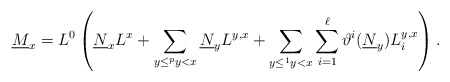
\begin{align*}\underline{M}_{x}=L^{0} \left( \underline{N}_{x}L^{x} + \sum _{y\leq^py<x}\underline{N}_{y}L^{y,x} + \sum _{y\leq^1y<x} \sum _{i=1}^{\ell}\vartheta^i(\underline{N}_{y})L_i^{y,x} \right).\end{align*}